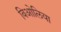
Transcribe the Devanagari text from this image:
विओलिया